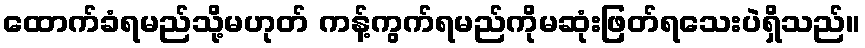
ထောက်ခံရမည်သို့မဟုတ် ကန့်ကွက်ရမည်ကိုမဆုံးဖြတ်ရသေးပဲရှိသည်။